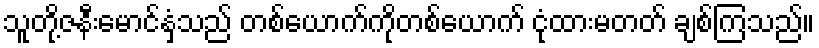
သူတို့ဇနီးမောင်နှံသည် တစ်ယောက်ကိုတစ်ယောက် ငုံထားမတတ် ချစ်ကြသည်။